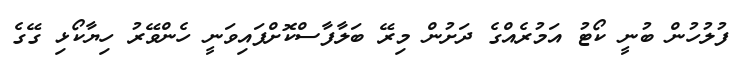
ފުލުހުން ބުނީ ކޯޓު އަމުރެއްގެ ދަށުން މިރޭ ބަލާފާސްކޮށްފައިވަނީ ހެންވޭރު ހިޔާކޯޅި ގޭގެ